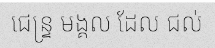
ជេន្ទ្រ មង្គល ដែល ជល់